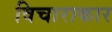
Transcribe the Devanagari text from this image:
विचाराकार